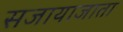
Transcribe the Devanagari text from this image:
सजायाजाता